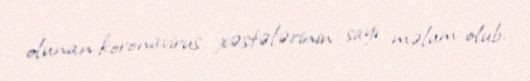
olunan koronavirus xəstələrinin sayı məlum olub.